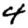
Digit: 4